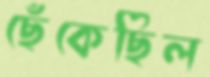
ছেঁকেছিল